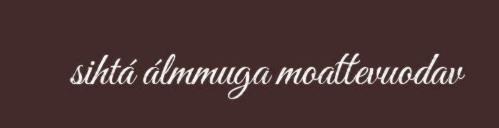
sihtá álmmuga moattevuodav